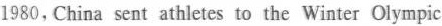
1980,China sent athletes to the Winter Olympic